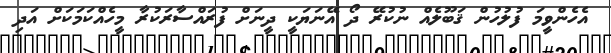
އެހެންވީމަ ފުލުހުން ޤަބޫލެއް ނުކުރޭ ދޯ އޭނަޔަކީ ދީނަށް ފުރައްސާރަކުރާ މީހެއްކަމަކަށް އަދި